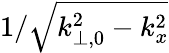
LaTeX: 1/\sqrt{k_{\perp,0}^{2}-k_{x}^{2}}